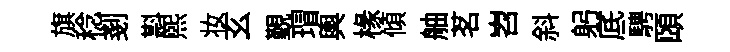
旗稔剗斟熙妆玄覲瑁輿椽傾舳茗岧斜躬底騁頤